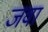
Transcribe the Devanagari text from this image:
जवा